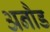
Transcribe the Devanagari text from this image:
अनौड